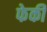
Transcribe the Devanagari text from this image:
फेकी